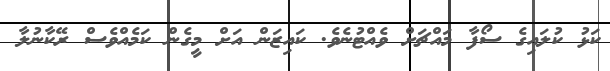
ކަޅު ކުލައިގެ ސޯފާ މައްޗަށް ވެއްޓުނެވެ. ކައިޒަން އަށް މީގެން ކަމެއްވެސް ރޭކާނުލާ